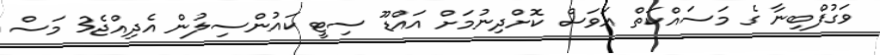
ވަގުފްބިނާ ގެ މަސައްކަތް އަވަސް ކޮށްދިނުމަށް އައްޑޫ ސިޓީ ކައުންސިލުން އެދިއްޖެ3 މަސް